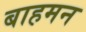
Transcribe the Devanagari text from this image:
बाहमन